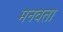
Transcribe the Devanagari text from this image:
मनवता